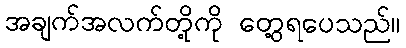
အချက်အလက်တို့ကို တွေ့ရပေသည်။